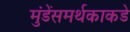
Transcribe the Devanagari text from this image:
मुंडेंसमर्थकाकडे